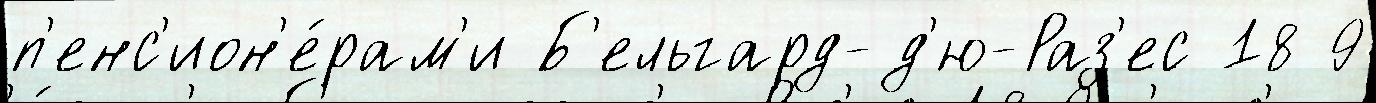
п'енс'ион'е́рам'и Б'ельгард-д'ю-Раз'ес 18 9